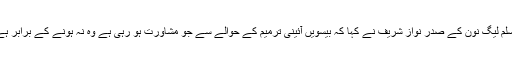
مسلم لیگ نون کے صدر نواز شریف نے کہا کہ بیسویں آئینی ترمیم کے حوالے سے جو مشاورت ہو رہی ہے وہ نہ ہونے کے برابر ہے۔